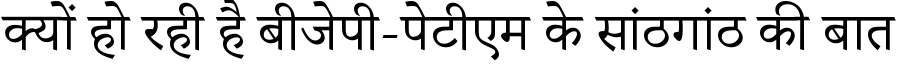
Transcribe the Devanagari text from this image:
क्यों हो रही है बीजेपी-पेटीएम के सांठगांठ की बात